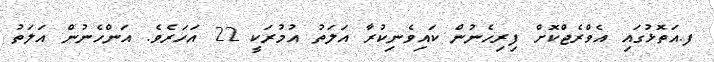
ފ.އަތޮޅުގައި އެވްރެޖްކޮށް ފިރިހެނުން ކައިވެނިކުރާ އަލަތު އުމުރަކީ 22 އަހަރެވެ. އަންހެނުން އަލަތު